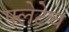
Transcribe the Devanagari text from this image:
फ्लेटेच